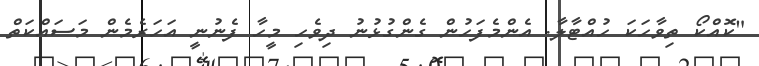
"ކޮއްކޯ ތިވާހަކަ ހުއްޓާލާ. އެންމެފަހުން ގެންގުޅުނު ދިވެހި މީހާ ފެނުނީ އަހަރެމެން މަސައްކަތް